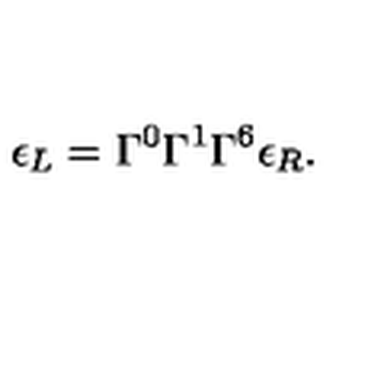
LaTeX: \epsilon _ { L } = \Gamma ^ { 0 } \Gamma ^ { 1 } \Gamma ^ { 6 } \epsilon _ { R } .